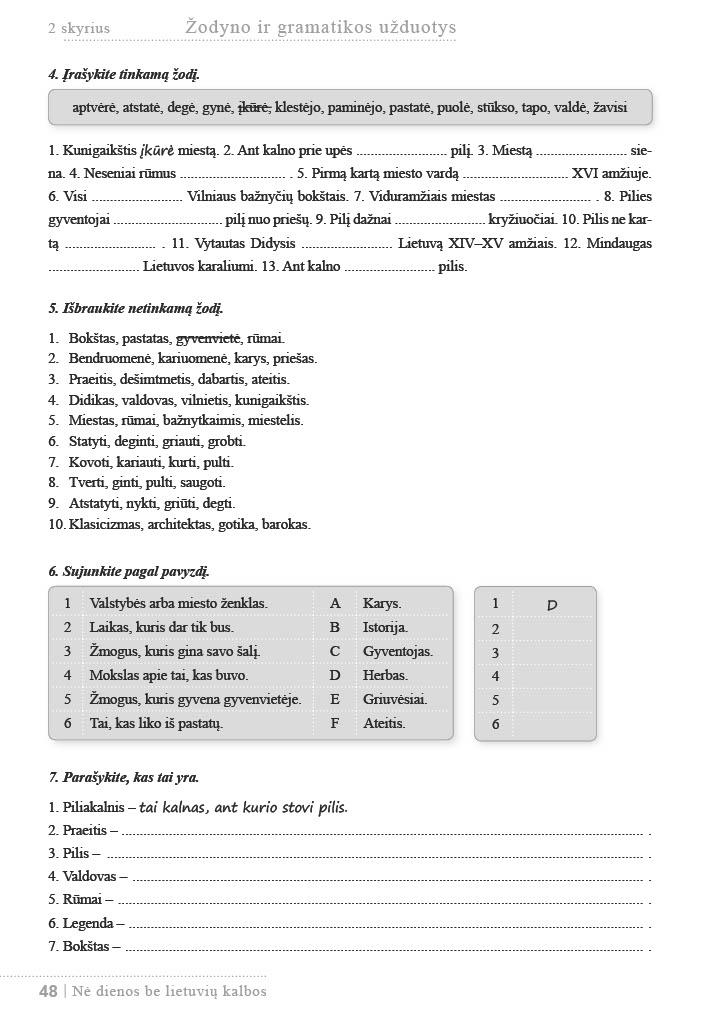
Language: lt